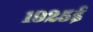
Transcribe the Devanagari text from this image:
१९२५ई